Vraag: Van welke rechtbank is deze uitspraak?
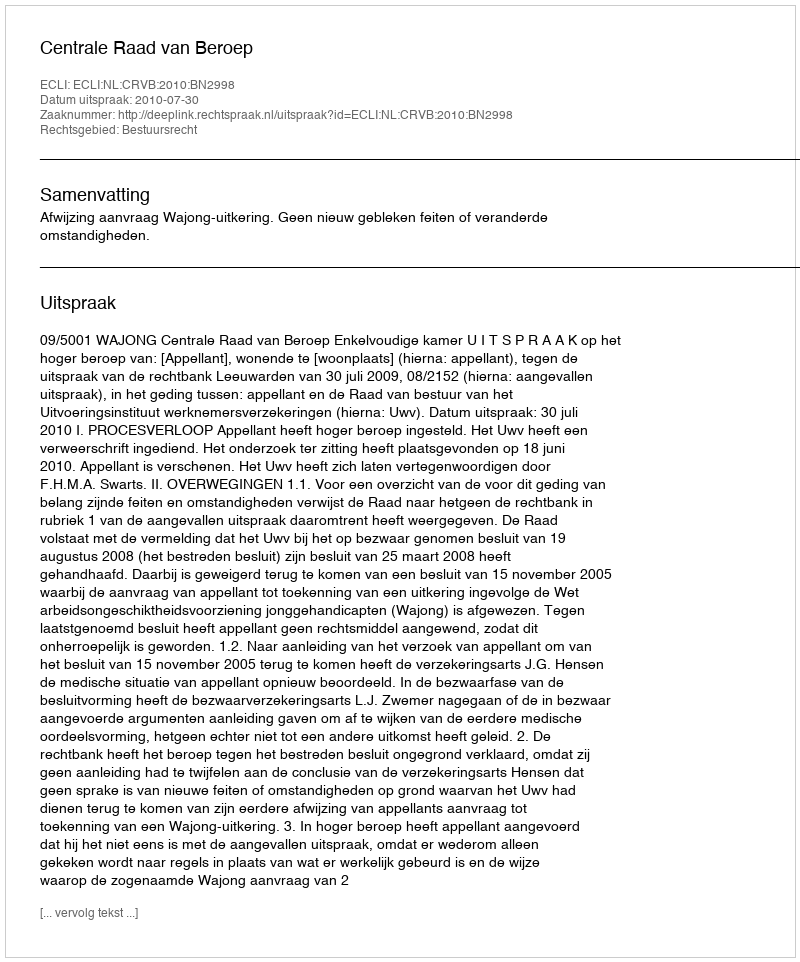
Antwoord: Centrale Raad van Beroep